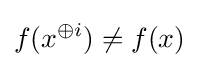
f(x^{\oplus i})\neq f(x)